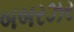
બબરઝર